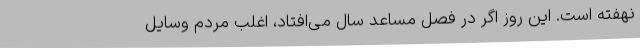
نهفته است. این روز اگر در فصل مساعد سال می‌افتاد، اغلب مردم وسایل